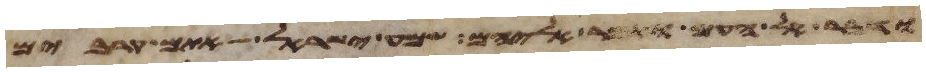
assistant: ודבר אל העם ואמר אליהם שמע ישראל אתם קרבים